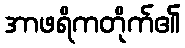
အာဖရိကတိုက်၏